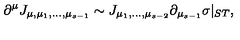
\partial ^ { \mu } J _ { \mu , \mu _ { 1 } , . . . , \mu _ { s - 1 } } \sim J _ { \mu _ { 1 } , . . . , \mu _ { s - 2 } } \partial _ { \mu _ { s - 1 } } \sigma | _ { S T } ,